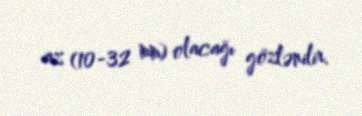
az (10-32 mm) olacağı gözlənilir.